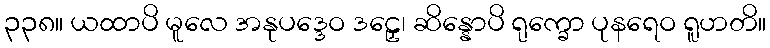
၃၃၈။ ယထာပိ မူလေ အနုပဒ္ဒေဝ ဒဠှေ၊ ဆိန္နောပိ ရုက္ခော ပုနရေဝ ရူဟတိ။